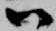
尉